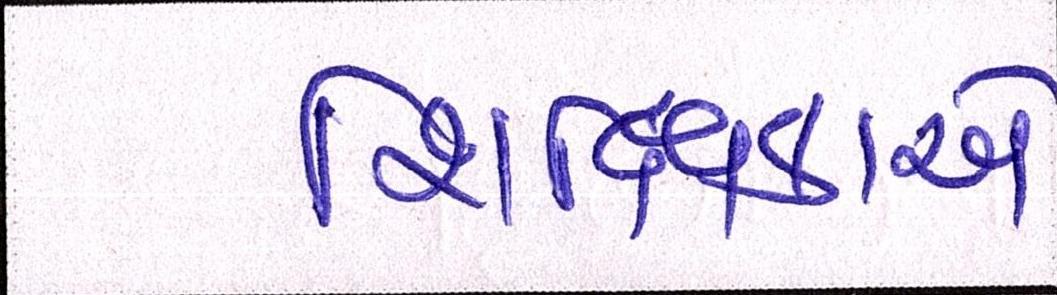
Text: શિક્ષિકાએ